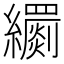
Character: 𦇧